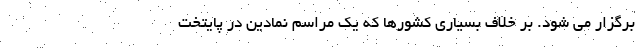
برگزار می شود. بر خلاف بسیاری کشورها که یک مراسم نمادین در پایتخت